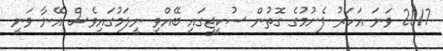
2017 ވަނަ އަހަރު ފެށުމުގެ ގޮތުން ސުކީޖީގައި ބޭއްވި ނީލަމުގައިވެސް އޭނާ ވަނީ